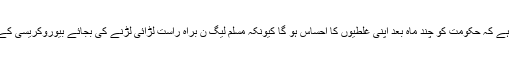
عارف حمید بھٹی کا کہنا ہے کہ حکومت کو چند ماہ بعد اپنی غلطیوں کا احساس ہو گا کیونکہ مسلم لیگ ن براہ راست لڑائی لڑنے کی بجائے بیوروکریسی کے ذریعے چالیں چلے گی۔